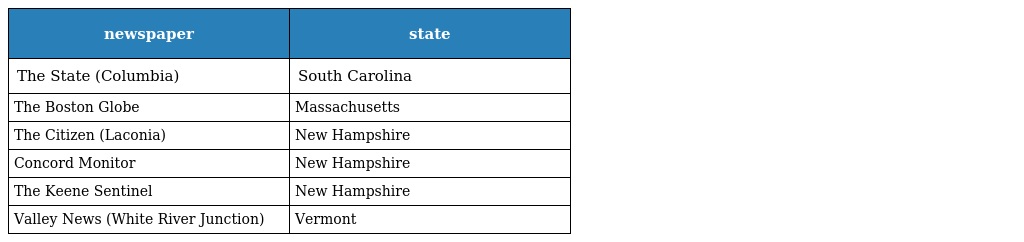
| newspaper | state |
 | --- | --- |
 | The State (Columbia) | South Carolina |
 | The Boston Globe | Massachusetts |
 | The Citizen (Laconia) | New Hampshire |
 | Concord Monitor | New Hampshire |
 | The Keene Sentinel | New Hampshire |
 | Valley News (White River Junction) | Vermont |